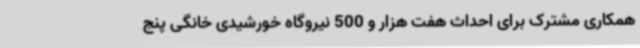
همکاری مشترک برای احداث هفت هزار و 500 نیروگاه خورشیدی خانگی پنج